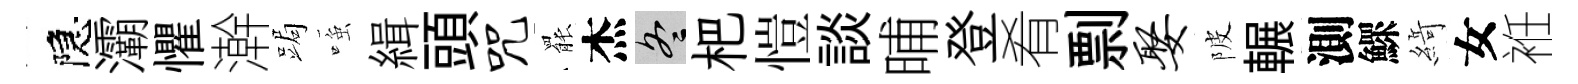
隠灞懼澣跼𫪻緝頭咒罷杰冬杷愷談晡登肴剽娶陂輾測鰥𦂶女袵